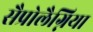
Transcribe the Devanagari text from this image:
सैप्रोलैग्निया